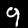
Label: 9